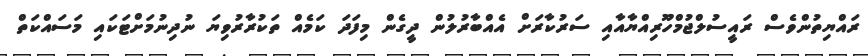
ރައްޔިތުންވެސް ރައީސުލްޖުމްހޫރިއްޔާއާއި ސަރުކާރަށް އެއްބާރުލުން ދީގެން މިފަދަ ކަމެއް ތަކުރާރުވިޔަ ނުދިނުމަށްޓަކައި މަސައްކަތް